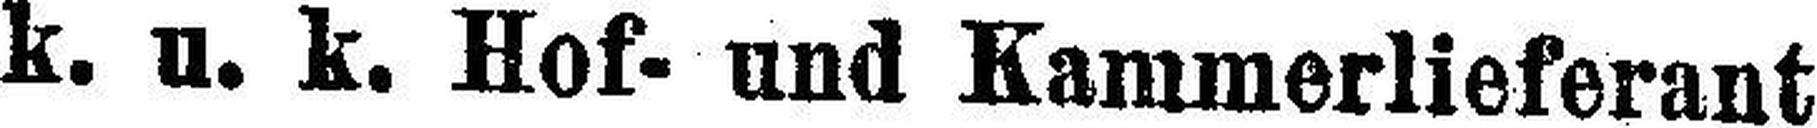
k. u. k. Hof- und Kammerlieferant